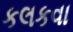
કલકવા